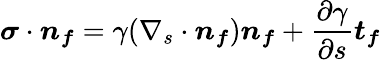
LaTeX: \boldsymbol{\sigma}\cdot\boldsymbol{n_{f}}=\gamma(\nabla_{s}\cdot\boldsymbol{n_{f}})\boldsymbol{n_{f}}+\frac{\partial\gamma}{\partial s}\boldsymbol{t_{f}}